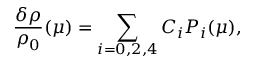
\frac { \delta \rho } { \rho _ { 0 } } ( \mu ) = \sum _ { i = 0 , 2 , 4 } C _ { i } P _ { i } ( \mu ) ,